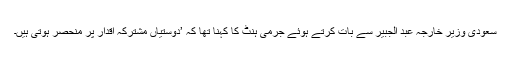
سعودی وزیرِ خارجہ عبد الجبیر سے بات کرتے ہوئے جرمی ہنٹ کا کہنا تھا کہ ’دوستیاں مشترکہ اقدار پر منحصر ہوتی ہیں۔